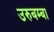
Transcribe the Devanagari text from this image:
उरुबम्बा